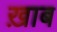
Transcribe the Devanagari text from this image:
ख़ाब